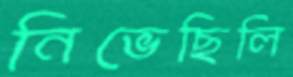
নিভেছিলি